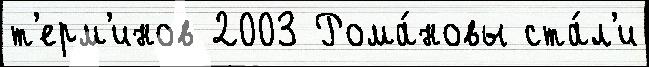
т'ерм'инов 2003 Рома́новы ста́л'и